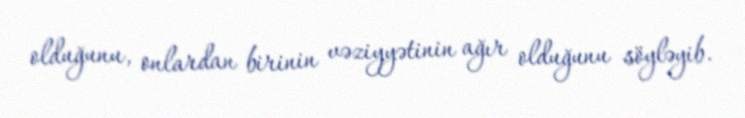
olduğunu, onlardan birinin vəziyyətinin ağır olduğunu söyləyib.